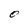
Character: 0